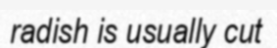
radish is usually cut